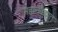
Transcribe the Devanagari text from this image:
महानैवेद्यात